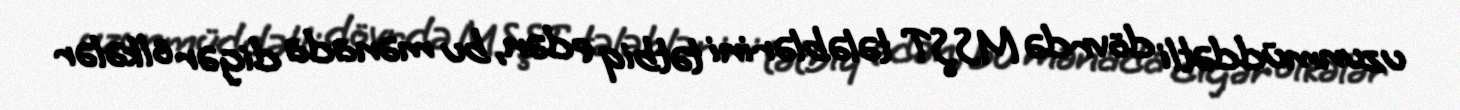
uzunmüddətli dövrdə MSŞT tələblərini tətbiq edən, bu mənada digər ölkələr